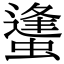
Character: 䗬